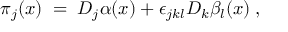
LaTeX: \pi _ { j } ( x ) \; = \; D _ { j } \alpha ( x ) + \epsilon _ { j k l } D _ { k } \beta _ { l } ( x ) \; ,